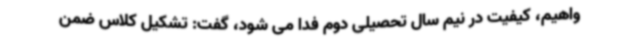
واهیم، کیفیت در نیم سال تحصیلی دوم فدا می شود، گفت: تشکیل کلاس ضمن